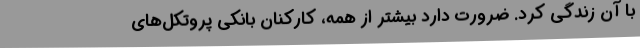
با آن زندگی کرد. ضرورت دارد بیشتر از همه، کارکنان بانکی پروتکل‌های